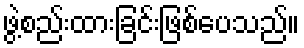
ဖွဲ့စည်းထားခြင်းဖြစ်ပေသည်။